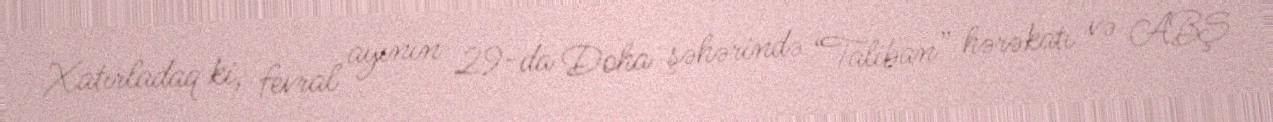
Xatırladaq ki, fevral ayının 29-da Doha şəhərində “Taliban” hərəkatı və ABŞ